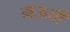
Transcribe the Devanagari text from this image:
मऊची